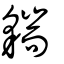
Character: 貒